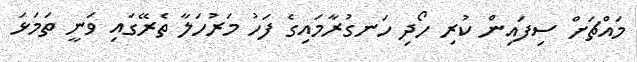
މައްޗަށް ސިފައިން ކުރި ހޯދި ހަނގުރާމައިގެ ފަހު މަރުހަލާ ތެރޭގައި ވަނީ ތަމަޅަ